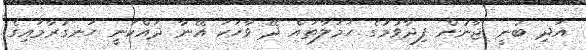
އަދި ބުނީ ޖާނުން ފިދާވުމުގެ ހަމަލާތައް ދޭ ވާހަކަ އޭނާ ދައްކަނީ ހަނގުރާމައިގެ